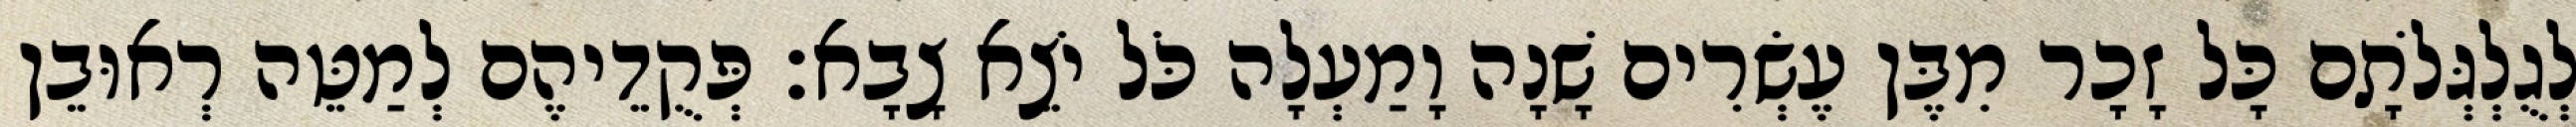
לְגֻלְגְּלֹתָם כָּל זָכָר מִבֶּן עֶשְׂרִים שָׁנָה וָמַעְלָה כֹּל יֹצֵא צָבָא׃ פְּקֻדֵיהֶם לְמַטֵּה רְאוּבֵן